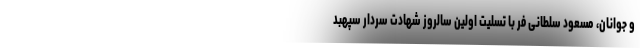
و جوانان، مسعود سلطانی فر با تسلیت اولین سالروز شهادت سردار سپهبد